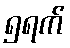
၅ရက်